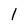
Character: l